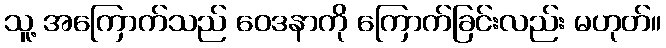
သူ့ အကြောက်သည် ဝေဒနာကို ကြောက်ခြင်းလည်း မဟုတ်။